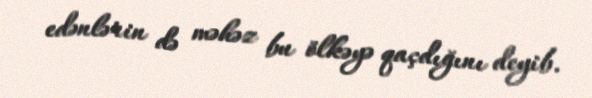
edənlərin də məhəz bu ölkəyə qaçdığını deyib.